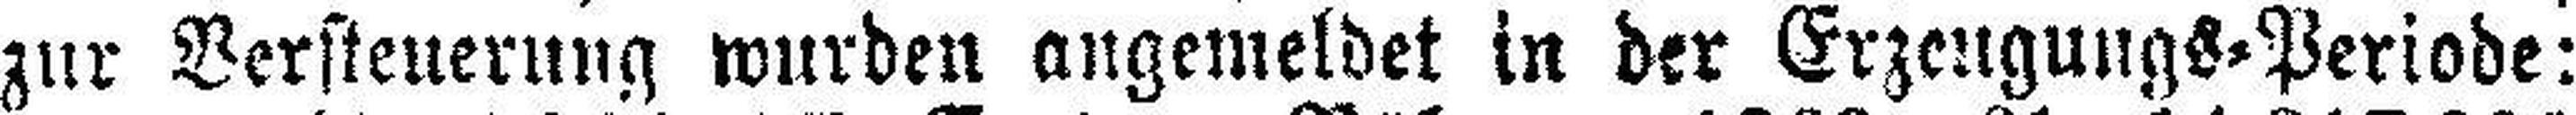
zur Versteuerung wurden angemeldet in der Erzeugungs=Periode: